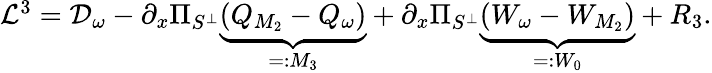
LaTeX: \begin{array}{r}{\mathcal{L}^{3}=\mathcal{D}_{\omega}-\partial_{x}\Pi_{S^{\perp}}\underbrace{\left(Q_{M_{2}}-Q_{\omega}\right)}_{=:M_{3}}+\partial_{x}\Pi_{S^{\perp}}\underbrace{\left(W_{\omega}-W_{M_{2}}\right)}_{=:W_{0}}+R_{3}.}\end{array}